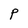
Character: P